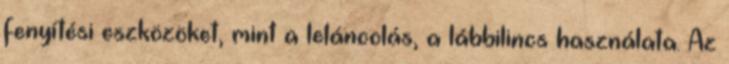
fenyítési eszközöket, mint a leláncolás, a lábbilincs használata. Az